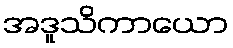
အဒူသိကာယော